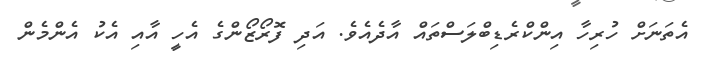
އެތަނަށް ހުރިހާ އިންކްރެޑިބްލަސްތައް އާދެއެވެ. އަދި ފޮރޯޒޯންގެ އެހީ އާއި އެކު އެންމެން